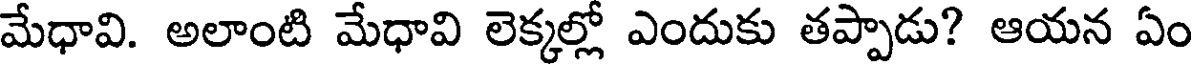
మేధావి. అలాంటి మేధావి లెక్కల్లో ఎందుకు తప్పాడు? ఆయన ఏం